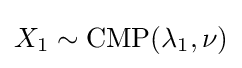
X_{1}\sim \operatorname {CMP} (\lambda _{1},\nu )